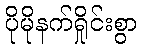
ပိုမိုနက်ရှိုင်းစွာ